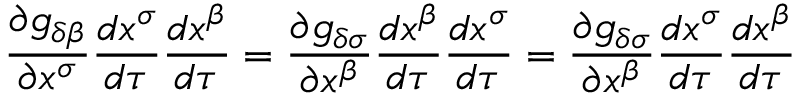
\frac { \partial g _ { \delta \beta } } { \partial x ^ { \sigma } } \frac { d x ^ { \sigma } } { d \tau } \frac { d x ^ { \beta } } { d \tau } = \frac { \partial g _ { \delta \sigma } } { \partial x ^ { \beta } } \frac { d x ^ { \beta } } { d \tau } \frac { d x ^ { \sigma } } { d \tau } = \frac { \partial g _ { \delta \sigma } } { \partial x ^ { \beta } } \frac { d x ^ { \sigma } } { d \tau } \frac { d x ^ { \beta } } { d \tau }